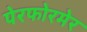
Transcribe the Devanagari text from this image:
पेरफोरमेर